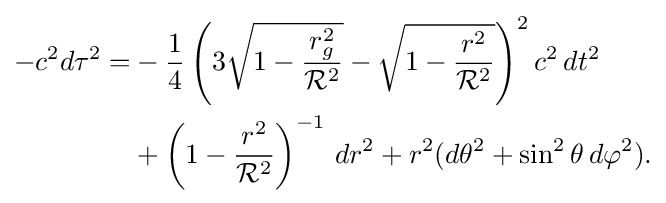
{\begin{aligned}-c^{2}d\tau ^{2}=&-{\frac {1}{4}}\left(3{\sqrt {1-{\frac {r_{g}^{2}}{{\mathcal {R}}^{2}}}}}-{\sqrt {1-{\frac {r^{2}}{{\mathcal {R}}^{2}}}}}\right)^{2}c^{2}\,dt^{2}\\&{}+\left(1-{\frac {r^{2}}{{\mathcal {R}}^{2}}}\right)^{-1}\,dr^{2}+r^{2}(d\theta ^{2}+\sin ^{2}\theta \,d\varphi ^{2}).\end{aligned}}